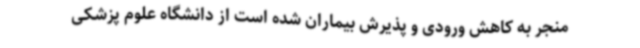
منجر به کاهش ورودی و پذیرش بیماران شده است از دانشگاه علوم پزشکی